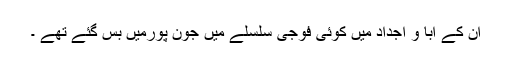
ان کے آبا و اجداد میں کوئی فوجی سلسلے میں جون پورمیں بس گئے تھے ۔